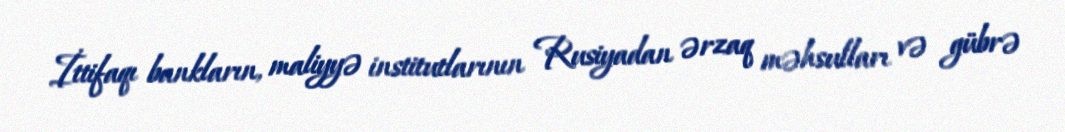
İttifaqı bankların, maliyyə institutlarının Rusiyadan ərzaq məhsulları və gübrə